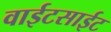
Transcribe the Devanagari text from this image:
वाईटसाईट